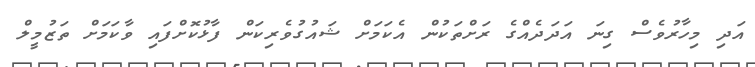
އަދި މިހާރުވެސް ގިނަ އަދަދެއްގެ ރަށްތަކުން އެކަމަށް ޝައުގުވެރިކަން ފާޅުކޮށްފައި ވާކަމަށް ތަޒުމީލް